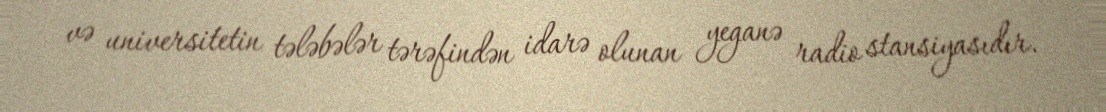
və universitetin tələbələr tərəfindən idarə olunan yeganə radio stansiyasıdır.